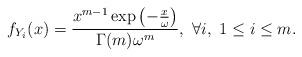
LaTeX: \begin{align*}f_{Y_{i}}(x)=\frac{x^{m-1}\exp \left(-\frac{x}{\omega}\right)}{\Gamma(m)\omega^{m}},\ \forall i,\ 1\leq i\leq m.\end{align*}